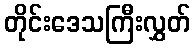
တိုင်းဒေသကြီးလွှတ်